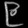
Digit: ၉